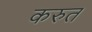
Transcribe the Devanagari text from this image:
करुत